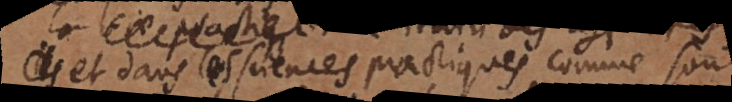
et dans les sciences practiques comme sont